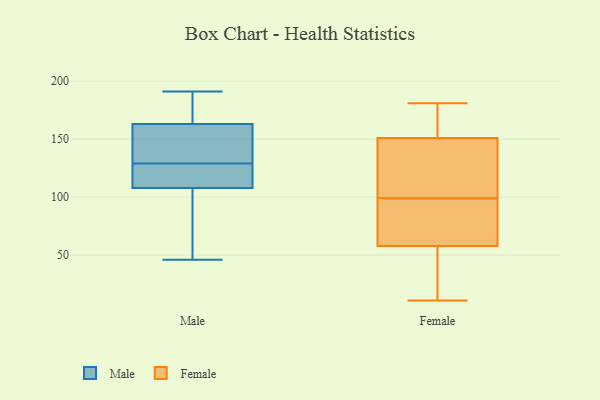
{"axis": {"x": "Backlog", "y": "Value"}, "legend": ["Female", "Male"], "data": [{"x": "", "y": 46, "type": "Male"}, {"x": "", "y": 122, "type": "Male"}, {"x": "", "y": 74, "type": "Male"}, {"x": "", "y": 108, "type": "Male"}, {"x": "", "y": 133, "type": "Male"}, {"x": "", "y": 128, "type": "Male"}, {"x": "", "y": 191, "type": "Male"}, {"x": "", "y": 163, "type": "Male"}, {"x": "", "y": 130, "type": "Male"}, {"x": "", "y": 186, "type": "Male"}, {"x": "", "y": 110, "type": "Female"}, {"x": "", "y": 155, "type": "Female"}, {"x": "", "y": 177, "type": "Female"}, {"x": "", "y": 60, "type": "Female"}, {"x": "", "y": 106, "type": "Female"}, {"x": "", "y": 30, "type": "Female"}, {"x": "", "y": 56, "type": "Female"}, {"x": "", "y": 121, "type": "Female"}, {"x": "", "y": 11, "type": "Female"}, {"x": "", "y": 147, "type": "Female"}, {"x": "", "y": 32, "type": "Female"}, {"x": "", "y": 170, "type": "Female"}, {"x": "", "y": 82, "type": "Female"}, {"x": "", "y": 92, "type": "Female"}, {"x": "", "y": 168, "type": "Female"}, {"x": "", "y": 131, "type": "Female"}, {"x": "", "y": 70, "type": "Female"}, {"x": "", "y": 89, "type": "Female"}, {"x": "", "y": 14, "type": "Female"}, {"x": "", "y": 181, "type": "Female"}]}